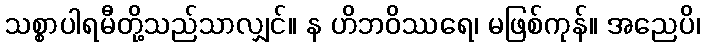
သစ္စာပါရမီတို့သည်သာလျှင်။ န ဟိဘဝိဿရေ၊ မဖြစ်ကုန်။ အညေပိ၊